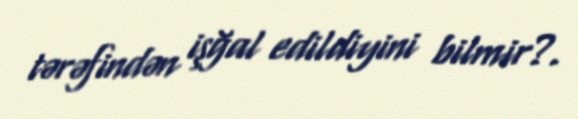
tərəfindən işğal edildiyini bilmir?.